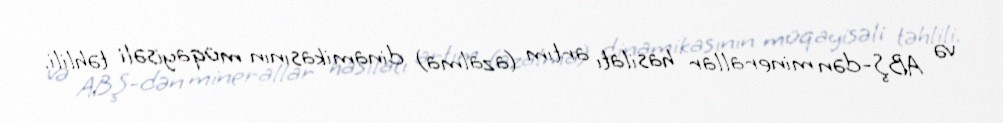
və ABŞ-dən minerallar hasilatı artım (azalma) dinamikasının müqayisəli təhlili.